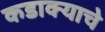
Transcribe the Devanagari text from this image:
कडाक्याचे